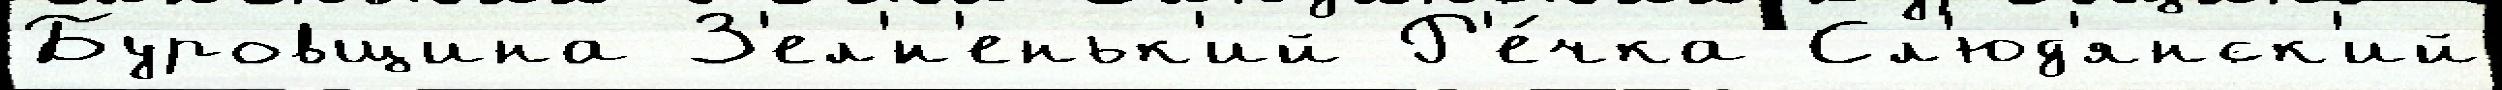
Буровщина З'ел'́н'еньк'ий Р'е́чка Сл'юд'янск'ий